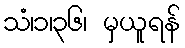
သံ၊၁၊၃၆၊ မှယူရန်